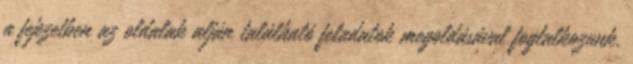
a fejezetben az oldalak alján található feladatok megoldásával foglalkozunk.